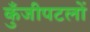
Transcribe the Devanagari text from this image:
कुँजीपटलों